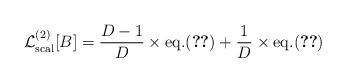
LaTeX: \begin{align*}{\cal L}^{(2)}_{\rm scal}[B]={{D-1}\over D}\times{\rm eq.}(\ref{Gamma2scal})+{1\over D}\times{\rm eq.}(\ref{Gamma2scalpI})\end{align*}